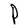
Character: P